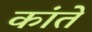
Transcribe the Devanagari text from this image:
कांते